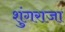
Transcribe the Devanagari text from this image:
शुंगराजा